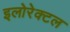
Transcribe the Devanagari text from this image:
इलोरेक्टल